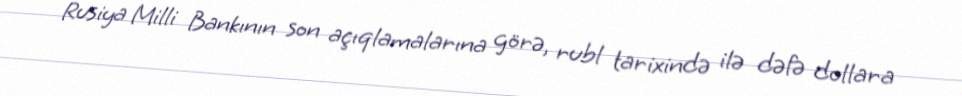
Rusiya Milli Bankının son açıqlamalarına görə, rubl tarixində ilə dəfə dollara